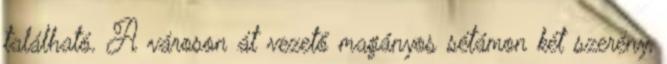
található. A városon át vezető magányos sétámon két szerény,